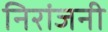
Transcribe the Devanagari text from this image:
निरांजनी